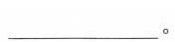
___。